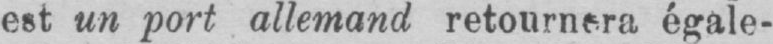
est un port allemand retournera égale-